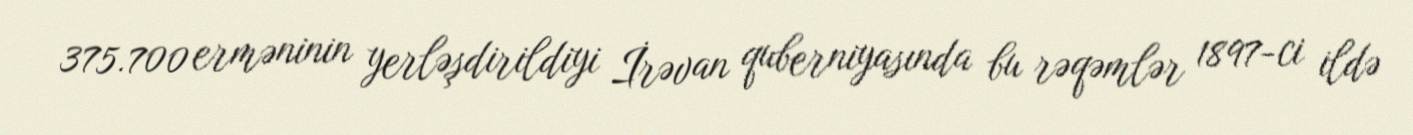
375.700 erməninin yerləşdirildiyi İrəvan quberniyasında bu rəqəmlər 1897-ci ildə